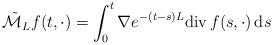
LaTeX: \begin{align*}\tilde{\mathcal{M}}_Lf(t,\cdot)=\int_0^t \nabla e^{-(t-s)L}{\rm div}\,f(s,\cdot)\,{\rm d}s\end{align*}